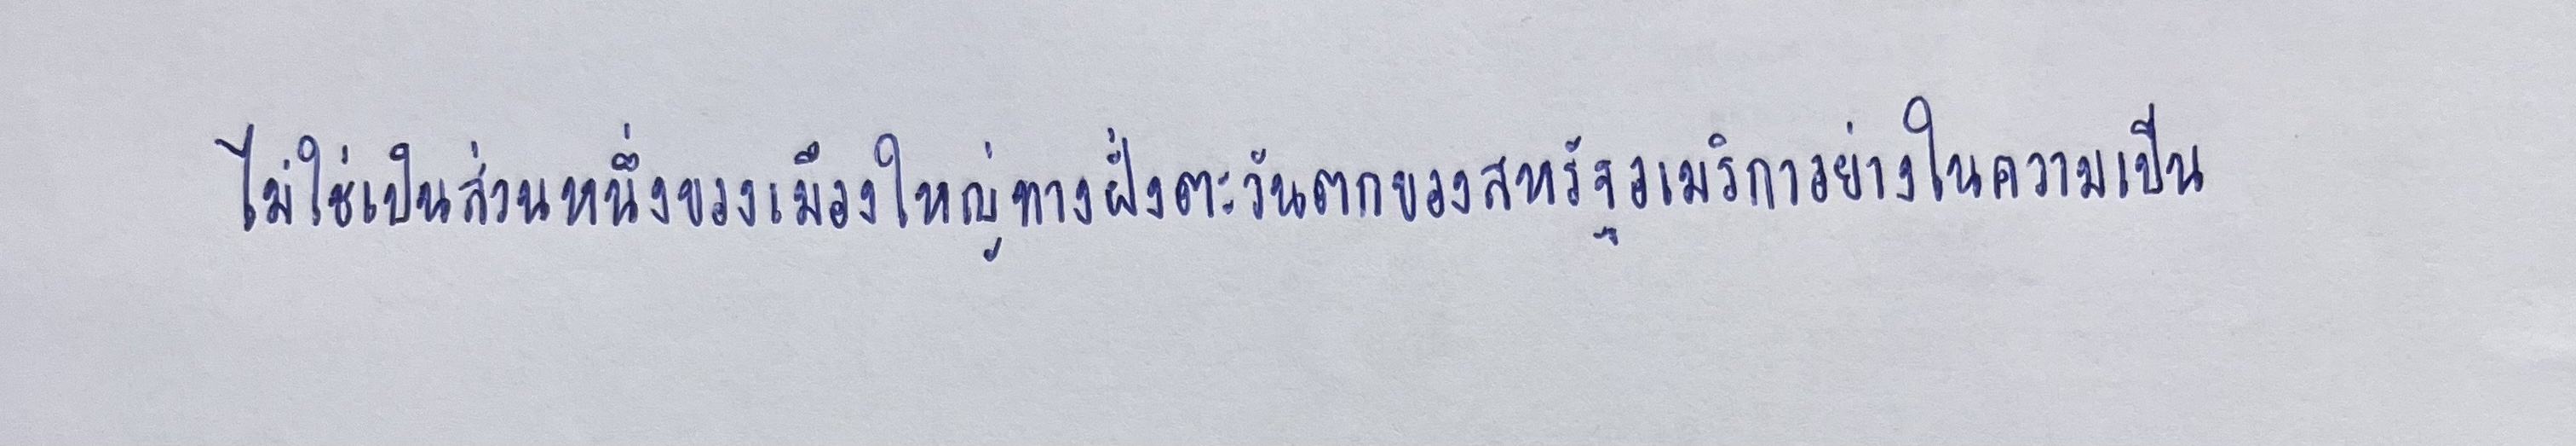
ไม่ใช่เป็นส่วนหนึ่งของเมืองใหญ่ทางฝั่งตะวันตกของสหรัฐอเมริกาอย่างในความเป็น